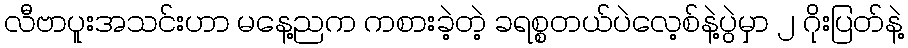
လီဗာပူးအသင်းဟာ မနေ့ညက ကစားခဲ့တဲ့ ခရစ္စတယ်ပဲလေ့စ်နဲ့ပွဲမှာ ၂ ဂိုးပြတ်နဲ့